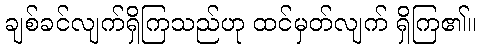
ချစ်ခင်လျက်ရှိကြသည်ဟု ထင်မှတ်လျက် ရှိကြ၏။